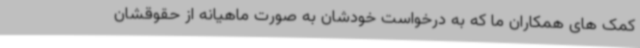
کمک های همکاران ما که به درخواست خودشان به صورت ماهیانه از حقوقشان